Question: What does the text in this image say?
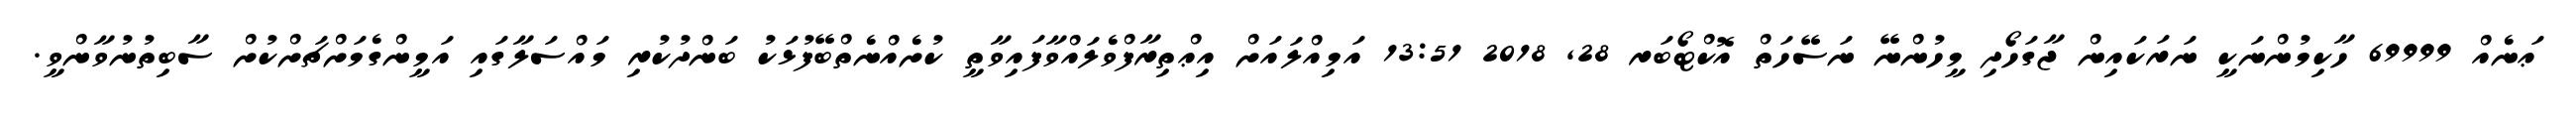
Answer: ޢަނެއް 69999 ހާކިމުންނަކީ ނަރަކައިން ޖާގަހޯދި މީހުންނޭ ނަސޭހަތް އޮކްޓޯބަރ 28, 2018 13:51 އަމިއްލައަށް އިޢްތިރާފްވެލައްވާފައިވާތީ ކުށެއްނެތްބޭފުޅަކު ބަންދުކުރި މައްސަލާގައި އަމީންގެމަށްޗަށްކުށް ސާބިތުނުވާންވީ.